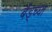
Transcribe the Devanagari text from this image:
बैंड्च्या